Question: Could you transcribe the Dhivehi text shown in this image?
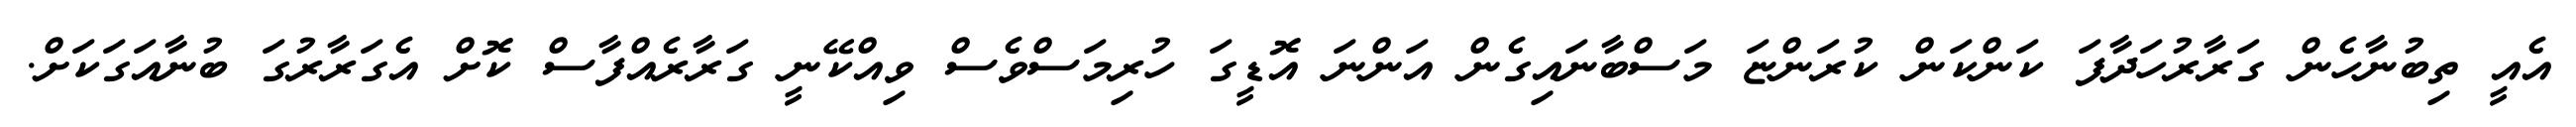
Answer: އެއީ ތިބުނާހެން ގަރާރުހަދާފަ ކަންކަން ކުރަންޏަ މަސްބާނައިގެން އަންނަ އޮޑީގަ ހުރިމަސްވެސް ވިއްކޭނީ ގަރާރެއްފާސް ކޮށް އެގަރާރުގަ ބުނާއަގަކަށް.